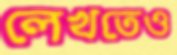
লেখতেও